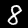
Label: 8